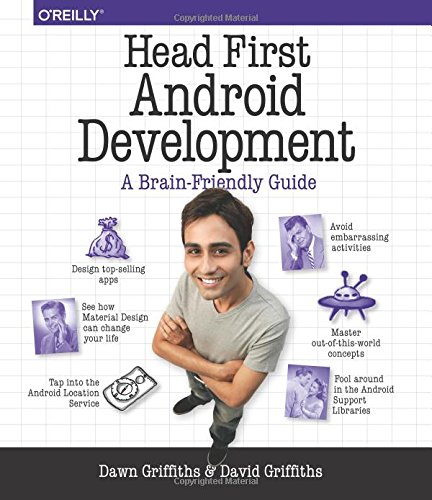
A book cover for Head First Android Development; Dawn Griffiths; Computers & Technology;